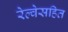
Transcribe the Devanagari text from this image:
रेल्वेसहित